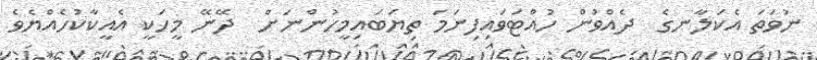
ނުވަތަ އެކަލާނގެ  ދެއްވުން ހުއްޓަވައިފިނަމަ ތިޔަބައިމީހުންނަށް  ދޭނޭ މީހަކީ އެއީކާކުހެއްޔެވެ